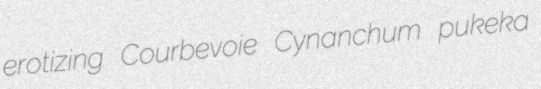
erotizing Courbevoie Cynanchum pukeka